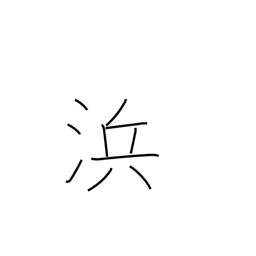
Meaning: seacoast